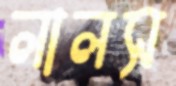
লালস